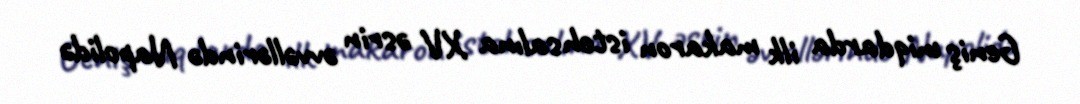
Geniş miqdarda ilk makaron istehsalına XV əsrin əvvəllərində Napolidə